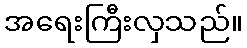
အရေးကြီးလှသည်။